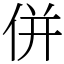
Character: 併